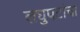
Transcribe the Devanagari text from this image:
लघुपटांचा